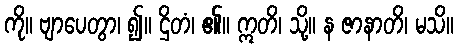
ကို။ ဗျာပေတွာ၊ ၍။ ဌိတံ၊ ၏။ ဣတိ၊ သို့။ န ဇာနာတိ၊ မသိ။